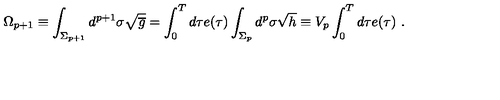
\Omega _ { p + 1 } \equiv \int _ { \Sigma _ { p + 1 } } d ^ { p + 1 } \sigma \sqrt { \overline { g } } = \int _ { 0 } ^ { T } d \tau e ( \tau ) \int _ { \Sigma _ { p } } d ^ { p } \sigma \sqrt h \equiv V _ { p } \int _ { 0 } ^ { T } d \tau e ( \tau ) \ .